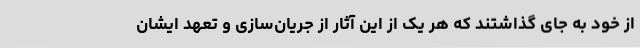
از خود به جای گذاشتند که هر یک از این آثار از جریان‌سازی و تعهد ایشان